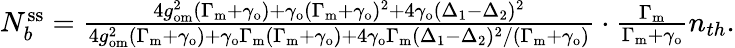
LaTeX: \begin{array}{r}{N_{b}^{\mathrm{ss}}=\frac{4g_{\mathrm{om}}^{2}(\Gamma_{\mathrm{m}}+\gamma_{\mathrm{o}})+\gamma_{\mathrm{o}}(\Gamma_{\mathrm{m}}+\gamma_{\mathrm{o}})^{2}+4\gamma_{\mathrm{o}}(\Delta_{1}-\Delta_{2})^{2}}{4g_{\mathrm{om}}^{2}(\Gamma_{\mathrm{m}}+\gamma_{\mathrm{o}})+\gamma_{\mathrm{o}}\Gamma_{\mathrm{m}}(\Gamma_{\mathrm{m}}+\gamma_{\mathrm{o}})+4\gamma_{\mathrm{o}}\Gamma_{\mathrm{m}}(\Delta_{1}-\Delta_{2})^{2}/(\Gamma_{\mathrm{m}}+\gamma_{\mathrm{o}})}\cdot\frac{\Gamma_{\mathrm{m}}}{\Gamma_{\mathrm{m}}+\gamma_{\mathrm{o}}}n_{th}.}\end{array}